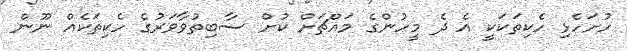
ހުށަހެޅި ހެކިތަކަކީ އެ ދެ މީހުންގެ މައްޗަށް ކުށް ސާބިތުވާވަރުގެ ހެކިތަކެއް ނޫން